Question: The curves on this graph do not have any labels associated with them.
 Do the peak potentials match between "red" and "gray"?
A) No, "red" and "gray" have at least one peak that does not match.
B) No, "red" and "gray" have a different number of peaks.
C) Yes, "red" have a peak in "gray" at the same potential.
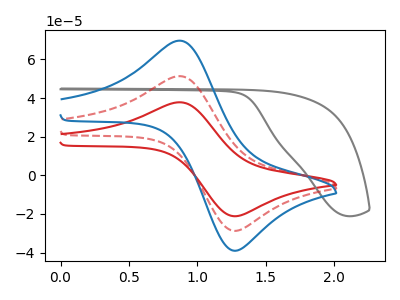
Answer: <think>The red curve "red" has an anodic peak at (0.90V, 37.80uA) and a cathodic peak at (1.25V, -21.05uA). The gray curve "gray" has no peaks. The blue curve "blue" has an anodic peak at (0.90V, 102.70uA) and a cathodic peak at (1.25V, -57.15uA). The red dashed curve "red dashed" has an anodic peak at (0.90V, 51.35uA) and a cathodic peak at (1.25V, -28.60uA).</think>
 <answer>B) No, "red" and "gray" have a different number of peaks.</answer>
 <eval>B</eval>